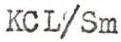
KCL/Sm